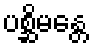
ပစ္ဆိမန္တေ